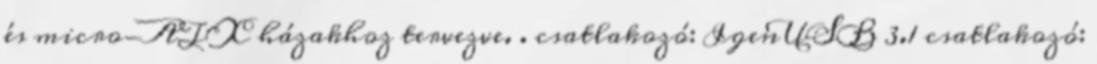
és micro-ATX házakhoz tervezve. . csatlakozó: IgenUSB 3.1 csatlakozó: